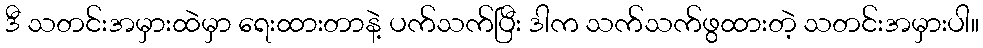
ဒီ သတင်းအမှားထဲမှာ ရေးထားတာနဲ့ ပက်သက်ပြီး ဒါက သက်သက်ဖွထားတဲ့ သတင်းအမှားပါ။